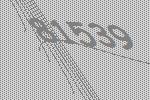
81539